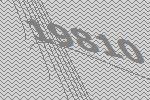
19810